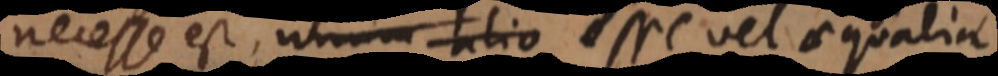
necesse est, unum alio esse vel aequalia